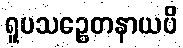
ရူပသဉ္စေတနာယပိ